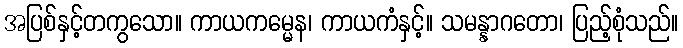
အပြစ်နှင့်တကွသော။ ကာယကမ္မေန၊ ကာယကံနှင့်။ သမန္နာဂတော၊ ပြည့်စုံသည်။